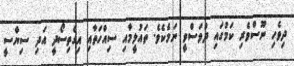
ދިވެހި ނޫސްވެރި ކަމުގައި ދުވަސްވީ ނަމެކެވެ. ތައުލީމާއި ސިއްހަތާއި އިގްތިސޯދީ އަދި ސިޔާސީ